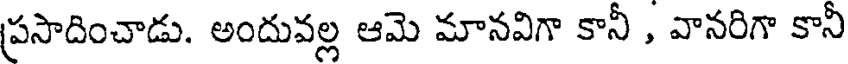
ప్రసాదించాడు. అందువల్ల ఆమె మానవిగా కానీ , వానరిగా కానీ